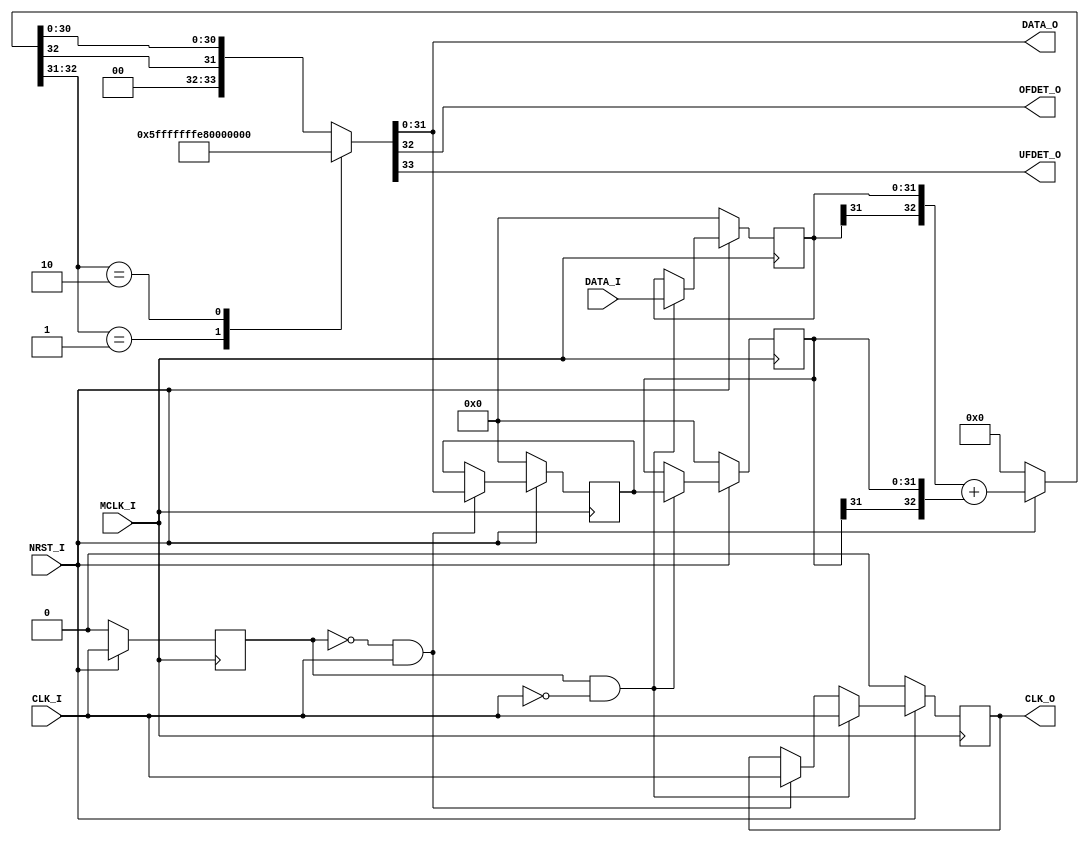
/*-----------------------------------------------------------------------------
* INTEGRATOR_BACK.v
*
* Back Eular Method Integrator (w/ Saturation) Module
*
* Transfer Function:
*      1             z
* ------------ or -------
*  1 - z^(-1)      z - 1 
*
* Version: 1.02
* 
* Port
*   Input
*       MCLK_I : Master Clock Input
*       CLK_I  : Data Clock Input
*       DATA_I : Data Input (Width: DATA_BIT_WIDTH)
*       NRST_I : Synchronous Reset Input (Active LOW)
*
*   Output
*       CLK_O  : Data Clock Output
*       DATA_O : Integrated Data Output
*       OFDET_O: Overflow Detection
*                1'b1: Overflow
*                1'b0: Valid (NOT Overflow)
*       UFDET_O: Underflow Detection
*                1'b1: Underflow
*                1'b0: Valid (NOT Underflow)
*
* Parameters
*   DATA_BIT_WIDTH: Input Data Bit Width (Default: 32)
*
* License under CERN-OHL-P v2
--------------------------------------------------------------------------------
| Copyright AUDIY 2024.                                                        |
|                                                                              |
| This source describes Open Hardware and is licensed under the CERN-OHL-P v2. |
|                                                                              |
| You may redistribute and modify this source and make products using it under |
| the terms of the CERN-OHL-P v2 (https:/cern.ch/cern-ohl).                    |
|                                                                              |
| This source is distributed WITHOUT ANY EXPRESS OR IMPLIED WARRANTY,          |
| INCLUDING OF MERCHANTABILITY, SATISFACTORY QUALITY AND FITNESS FOR A         |
| PARTICULAR PURPOSE. Please see the CERN-OHL-P v2 for applicable conditions.  |
--------------------------------------------------------------------------------
*
-----------------------------------------------------------------------------*/
module INTEGRATOR_BACK #(
    /* Parameter Definition */
    parameter DATA_BIT_WIDTH = 32
)(
    /* Input Port Definition */
    input  wire                             MCLK_I ,
    input  wire                             CLK_I  ,
    input  wire signed [DATA_BIT_WIDTH-1:0] DATA_I ,
    input  wire                             NRST_I ,

    /* Output Port Definition */
    output wire                             CLK_O  ,
    output wire signed [DATA_BIT_WIDTH-1:0] DATA_O ,
    output wire                             OFDET_O,
    output wire                             UFDET_O
);

    /* Internal wire/reg Definition */
    reg CLKI_REG = 1'b0;
    reg CLKO_REG = 1'b0;
    reg signed [DATA_BIT_WIDTH-1:0] DATA_REG_POS = {(DATA_BIT_WIDTH){1'b0}};
    reg signed [DATA_BIT_WIDTH-1:0] DATA_REG_NEG = {(DATA_BIT_WIDTH){1'b0}};
    reg signed [DATA_BIT_WIDTH-1:0] DATAI_REG    = {(DATA_BIT_WIDTH){1'b0}}; 
    wire signed [DATA_BIT_WIDTH:0] SUM_DATA;

    assign SUM_DATA = (NRST_I == 1'b0) ? {(DATA_BIT_WIDTH+1){1'b0}} : ({DATAI_REG[DATA_BIT_WIDTH-1], DATAI_REG} + {DATA_REG_NEG[DATA_BIT_WIDTH-1], DATA_REG_NEG});

    always @(posedge MCLK_I ) begin
        if (NRST_I == 1'b0) begin
            CLKI_REG     <=                   1'b0;
            CLKO_REG     <=                   1'b0;
            DATA_REG_POS <= {(DATA_BIT_WIDTH){1'b0}};
            DATA_REG_NEG <= {(DATA_BIT_WIDTH){1'b0}};
            DATAI_REG    <= {(DATA_BIT_WIDTH){1'b0}};
        end else begin
            CLKI_REG <= CLK_I;

            /* Positive Edge of Data Clk (CLK_I) */
            if ((CLKI_REG == 1'b0) && (CLK_I == 1'b1)) begin
                CLKO_REG     <= CLK_I ;
                DATA_REG_POS <= DATA_O;
            end

            /* Negative Edge of Data Clock (CLK_I) */
            if ((CLKI_REG == 1'b1) && (CLK_I == 1'b0)) begin
                CLKO_REG     <= CLK_I       ;
                DATAI_REG    <= DATA_I      ;
                DATA_REG_NEG <= DATA_REG_POS;
            end
        end
    end

    /* Assign Output */
    assign {UFDET_O, OFDET_O, DATA_O} = assign_out(SUM_DATA);
    assign CLK_O = CLKO_REG;

    /* Saturation process */
    // Output: {UFDET_O, OFDET_O, DATA_O}
    function [DATA_BIT_WIDTH+1:0] assign_out;
        input [DATA_BIT_WIDTH:0] SUMDATA;
    begin
        case (SUMDATA[DATA_BIT_WIDTH:DATA_BIT_WIDTH-1])
            2'b01: begin
                // Overflow
                // Ex. 5'b01111 + 5'b00001 = 5'b01111 (6'b010000)
                assign_out = {1'b0, 1'b1, 1'b0, {(DATA_BIT_WIDTH-1){1'b1}}};
            end

            2'b10: begin
                // Underflow
                // Ex. 5'b10000 + 5'b11110 = 5'b10000 (6'b101111)
                assign_out = {1'b1, 1'b0, 1'b1, {(DATA_BIT_WIDTH-1){1'b0}}};
            end 

            default: begin
                // Normal Operation
                assign_out = {1'b0, 1'b0, SUMDATA[DATA_BIT_WIDTH], SUMDATA[DATA_BIT_WIDTH-2:0]};
            end 
        endcase
    end  
    endfunction

endmodule